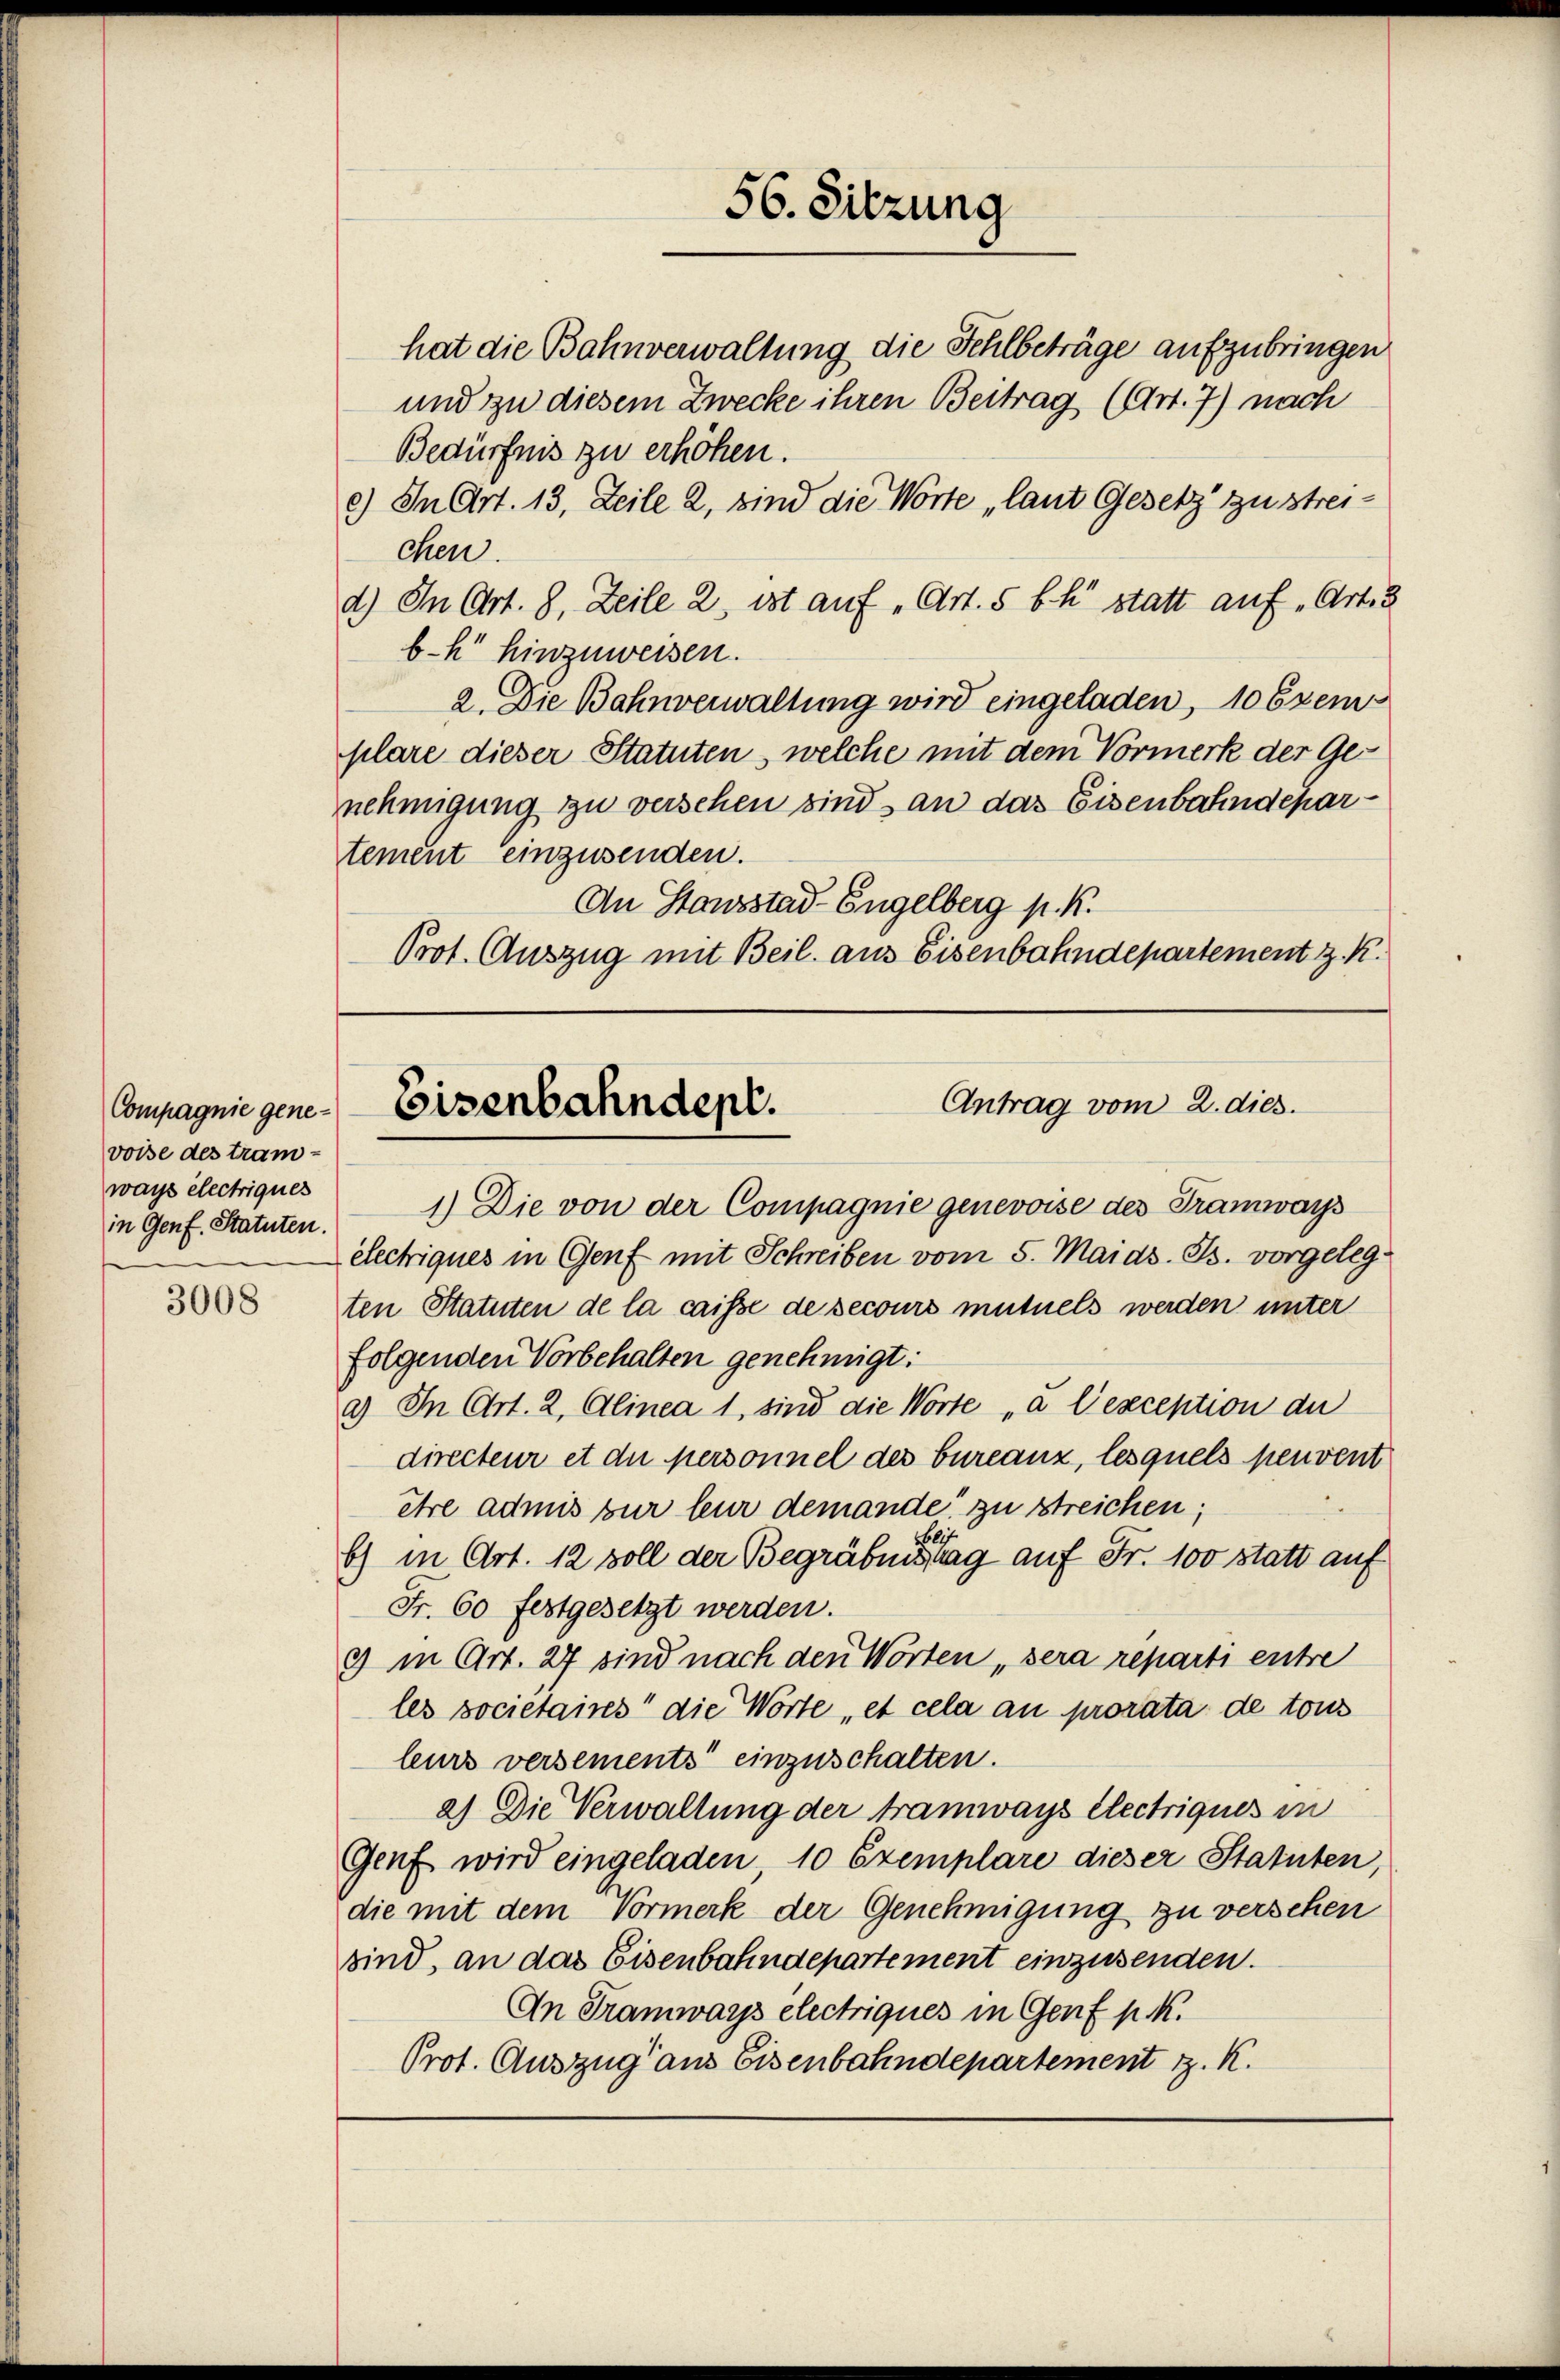
Compagnie genevoise des tramways electriques
in Genf. Statuten.

3008

hat die Bahnverwaltung die Fehlbeträge aufzubringen
und zu diesem Zwecke ihren Beitrag (Art. 7) nach
Bedürfnis zu erhöhen.
c.) In Art. 13, Zeile 2, sind die Worte „laut Gesetz zu streichen.
d.) In Art. 8, Zeile 2, ist auf „Art. 5 bk statt auf Art. 3
bk hinzuweisen.
2. Die Bahnverwaltung wird eingeladen, 10 Exemplare dieser Statuten, welche mit dem Vormerk der Genehmigung zu versehen sind an das Eisenbahndepartement einzusenden.
An Stanzstad-Engelberg p. K.
Prot. Auszug mit Beil. aus Eisenbahndepartement z. K.

56. Sitzung

Antrag vom 2. dies.
Eisenbahndepl.

1.) Die von der Compagnie genevoise des Tramways
electriques in Genf mit Schreiben vom 5. Mai ds. B. vorgelegten Statuten de la caisse de secours mutuels werden unter
folgenden Vorbehalten genehmigt:
a) In Art. 2, Alinea 1, sind die Worte „à l’exception an
directeur et die personnel des bureanz, lesquels peuvent
être admis zur leur demande zu streichen;
b) in Art. 12 soll der Begräbnissig auf Fr. 100 statt auf
Fr. 60 festgesetzt werden.
3 in Art. 27 sind nach den Worten „sera reparti entre
les societaires“ die Worte, et cela an prorata de tous
leurs versements einzuschalten.
a) Die Verwaltung der Tramways électrigues in
Genf wird eingeladen, 10 Exemplare dieser Statuten,
die mit dem Vormerk der Genehmigung zu versehen
sind, an das Eisenbahndepartement einzusenden.
An Tramwars electriques in Genf p. K.
Prot. Auszug aus Eisenbahndepartement z. K.